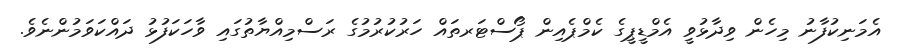
އެމަނިކުފާނު މިހެން ވިދާޅުވީ އެމްޑީޕީގެ ކެމްޕެއިން ޕޯސްޓަރތައް ހަރުކުރުމުގެ ރަސްމިއްޔާތުގައި ވާހަކަފުޅު ދައްކަވަމުންނެވެ.